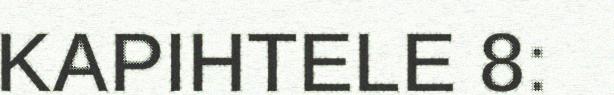
KAPIHTELE 8: